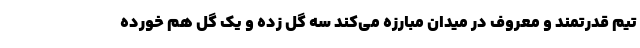
تیم قدرتمند و معروف در میدان مبارزه می‌کند سه گل زده و یک گل هم خورده